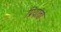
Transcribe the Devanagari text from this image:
प्रियांता